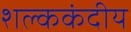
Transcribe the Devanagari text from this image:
शल्ककंदीय